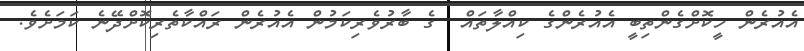
އެއުރެން ހީކޮށްގެންތިބީ އެއުރެންގެ ކިއްލާތައް  ގެ ބާރުވެރިކަމުން އެއުރެން ރައްކާތެރިކޮށްދޭނެ ކަމަށެވެ.